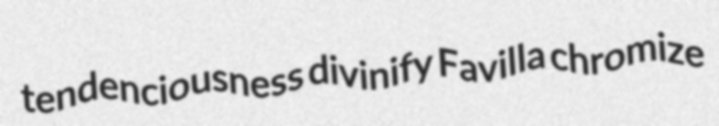
tendenciousness divinify Favilla chromize